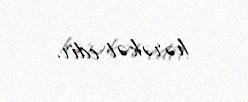
hərəkət edir.